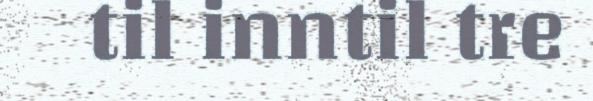
til inntil tre